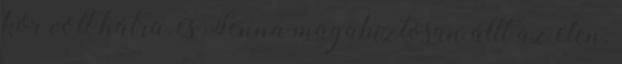
kör volt hátra, és Senna magabiztosan állt az élen.